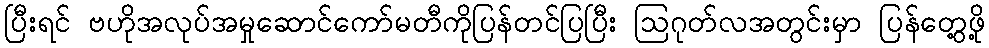
ပြီးရင် ဗဟိုအလုပ်အမှုဆောင်ကော်မတီကိုပြန်တင်ပြပြီး ဩဂုတ်လအတွင်းမှာ ပြန်တွေ့ဖို့